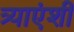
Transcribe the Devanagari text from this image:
त्र्याएंशी